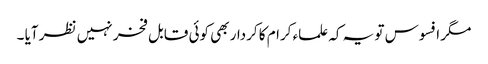
مگر افسوس تو یہ کہ علماء کرام کا کردار بھی کوئی قابل فخر نہیں نظر آیا ۔